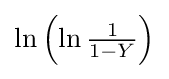
\ln {\left(\ln {\tfrac {1}{1-Y}}\right)}